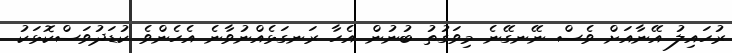
ރުހައިލު އޭނާއަށް ވެސް ނޭނގޭނެ މިވަގުތު ބުނުން އެހާ ރަނގަޅެއްނުވާނެ އެހެންވެ ކުޑަދުވަސްކޮޅަކު